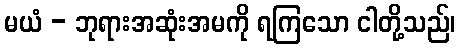
မယံ - ဘုရားအဆုံးအမကို ရကြသော ငါတို့သည်၊